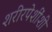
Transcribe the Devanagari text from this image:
शरीरपेशींशी